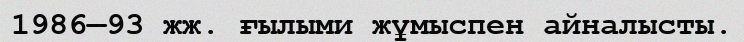
1986—93 жж. ғылыми жұмыспен айналысты.